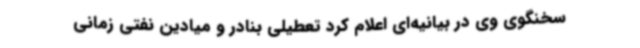
سخنگوی وی در بیانیه‌ای اعلام کرد تعطیلی بنادر و میادین نفتی زمانی